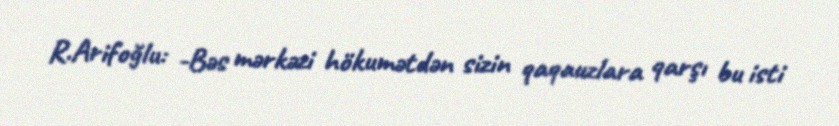
R.Arifoğlu: -Bəs mərkəzi hökumətdən sizin qaqauzlara qarşı bu isti